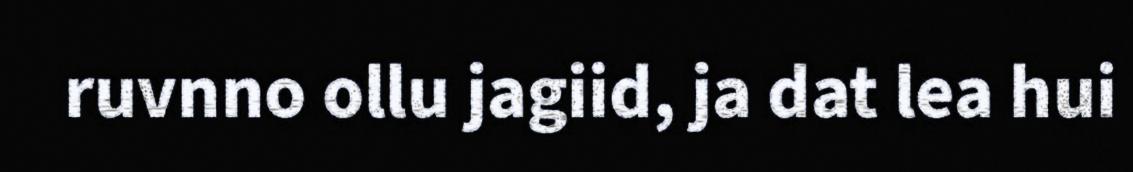
ruvnno ollu jagiid, ja dat lea hui